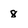
Character: 8